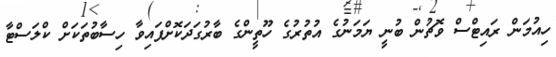
ހިއުމަން ރައިޓްސް ވޮޗުން ބުނީ ޔަމަނުގެ އުތުރުގެ ހޫތީންގެ ބާރުގަދަކޮށްފައިވާ ހިސާބުތަކަށް ކްލަސްޓާ